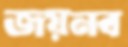
জয়নব